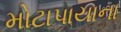
મોટાપાયાના